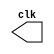
//-----------------------------------------
// Exercicio 05 - Guia 08
// Nome: Alvaro Henrique de Araujo Rungue
//-----------------------------------------


//-------------------------------
//-- CLOCK
//-------------------------------
module clock ( clk );
	output clk;
	reg clk;
	initial begin
	   clk = 1'b0;
	end
	
	always begin
	   #12 clk = ~clk;
	end
endmodule //-- clock ( )

//--------------------------
//-- FLIP FLOP D
//--------------------------
module FlipFlopD(q,qnot,data,clk);
	output q;
	output qnot;
	input data;
	input clk;
	
	reg q,qnot;
	
	initial begin
		q = 1'b0;
		qnot = 1'b1;
	end
	always @ (posedge clk)
		begin
		q <= data;	qnot <= ~q;
		end
			
endmodule //--FlipFlopD

//-- ----------------------------------------
//-- --  Registrador de deslocamento circular
//-- ----------------------------------------

module parallel_In (output [3:0]s, input [3:0]d, input load, input clk);

wire nots;	
wire [3:0]i;
wire [3:0]w;

	and AND0 (i[0], d[0], load);
	and AND1 (i[1], d[1], load);
	and AND2 (i[2], d[2], load);
	and AND3 (i[3], d[3], load);
	
	or OR0 (w[0], i[0], 1'b0);
	or OR1 (w[1], i[1], s[0]);
	or OR2 (w[2], i[2], s[1]);
	or OR3 (w[3], i[3], s[2]);

	
	FlipFlopD FF0 (s[0], nots, w[0], clk);
	FlipFlopD FF1 (s[1], nots, w[1], clk);
	FlipFlopD FF2 (s[2], nots, w[2], clk);
	FlipFlopD FF3 (s[3], nots, w[3], clk);

	
endmodule //--leftRegister

//---------------------------
//-- Teste
//---------------------------

module teste;
wire [3:0] saida;
reg [3:0] d;
reg ld;

wire clock; 
clock clk ( clock ); 
parallel_In PI1 (saida, d, ld, clock);
	
	initial begin
		$display("Exercicio 05 - Alvaro Henrique de Araujo Rungue - 395487");
		$display("  D    LD  CLOCK SAIDA");
		d = 5'b10101;
		ld = 1;
		$monitor("%1b  %1b     %1b   %5b", d, ld, clock, saida);
		#23 d = 5'b00000;
		    ld = 0;
		#240 $finish;
	end

endmodule //--teste